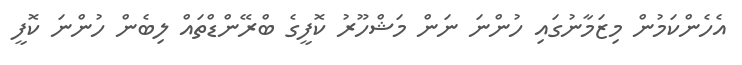
އެހެންކަމުން މިޒަމާނުގައި ހުންނަ ނަން މަޝްހޫރު ކޮފީގެ ބްރޭންޑްތައް ލިބެން ހުންނަ ކޮފީ